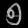
Digit: ၅